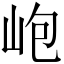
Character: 𡶄